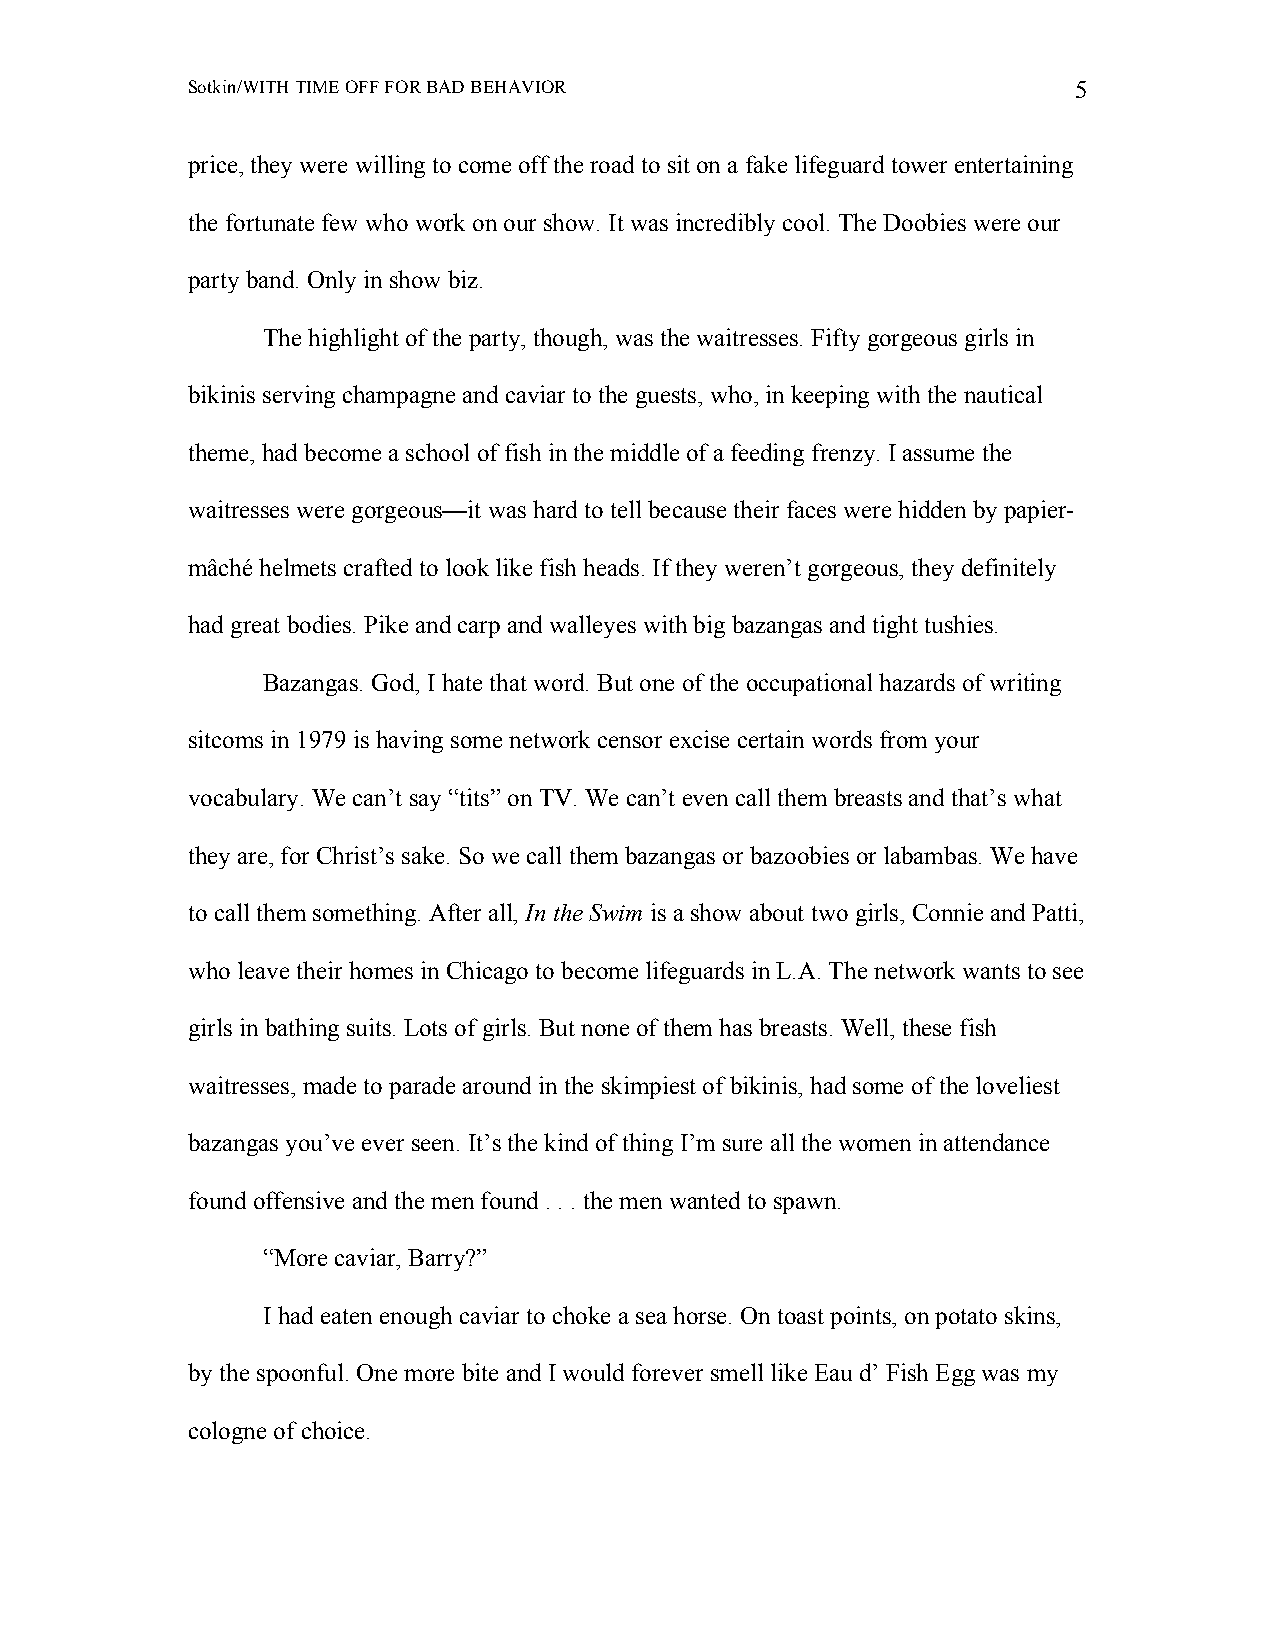
Sotkin/WITH TIME OFF FOR BAD BEHAVIOR                      5
 price, they were willing to come off the road to sit on a fake lifeguard tower entertaining
 the fortunate few who work on our show. It was incredibly cool. The Doobies were our
 party band. Only in show biz.
 The highlight of the party, though, was the waitresses. Fifty gorgeous girls in
 bikinis serving champagne and caviar to the guests, who, in keeping with the nautical
 theme, had become a school of fish in the middle of a feeding frenzy. I assume the
 waitresses were gorgeous—it was hard to tell because their faces were hidden by papier-
 mâché helmets crafted to look like fish heads. If they weren’t gorgeous, they definitely
 had great bodies. Pike and carp and walleyes with big bazangas and tight tushies.
 Bazangas. God, I hate that word. But one of the occupational hazards of writing
 sitcoms in 1979 is having some network censor excise certain words from your
 vocabulary. We can’t say “tits” on TV. We can’t even call them breasts and that’s what
 they are, for Christ’s sake. So we call them bazangas or bazoobies or labambas. We have
 to call them something. After all, In the Swim is a show about two girls, Connie and Patti,
 who leave their homes in Chicago to become lifeguards in L.A. The network wants to see
 girls in bathing suits. Lots of girls. But none of them has breasts. Well, these fish
 waitresses, made to parade around in the skimpiest of bikinis, had some of the loveliest
 bazangas you’ve ever seen. It’s the kind of thing I’m sure all the women in attendance
 found offensive and the men found . . . the men wanted to spawn.
 “More caviar, Barry?”
 I had eaten enough caviar to choke a sea horse. On toast points, on potato skins,
 by the spoonful. One more bite and I would forever smell like Eau d’ Fish Egg was my
 cologne of choice.